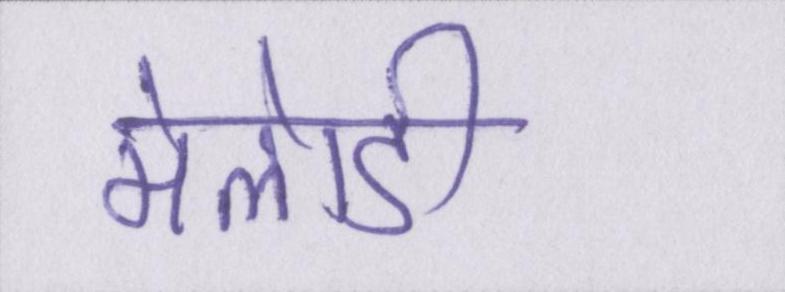
मेलोडी